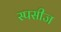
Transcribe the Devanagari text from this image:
स्पसीज